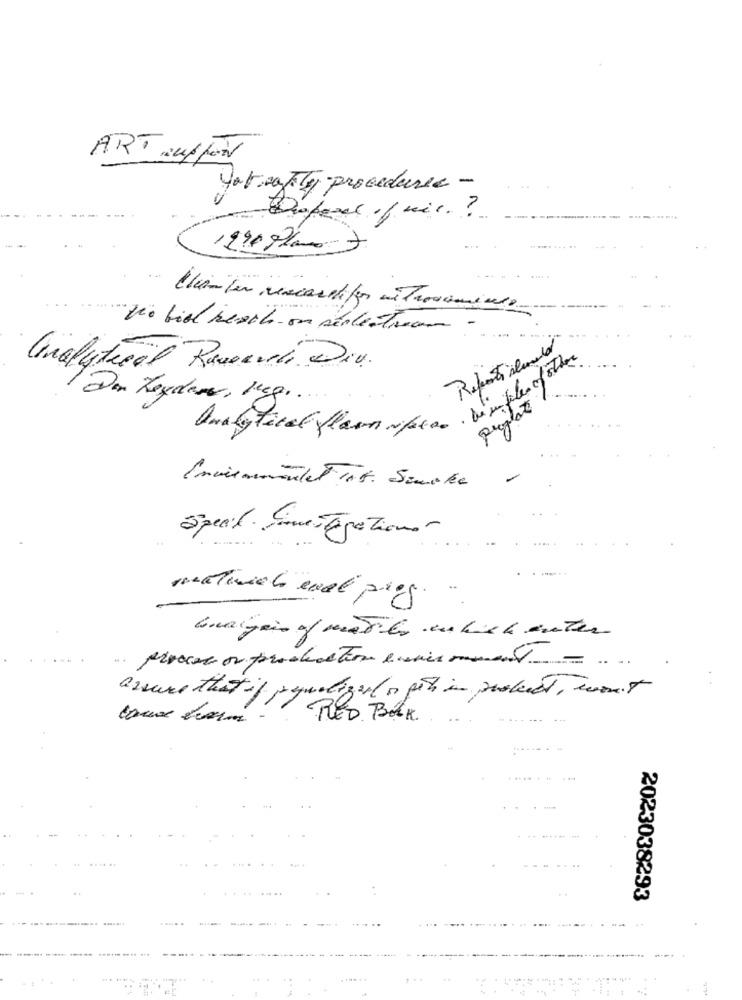
ART :N//N
youreally procedurec -
19908/0 7
.... .
-Clienter rescardifor mi Trovomiele
"the bist resite on seolestream
Report ilmed
Analytical Ravaneli Div.
Den Zeydare, Jeg ...
proplate
Specil. Somesegationer
matinich eval prog.
Gualgeir of meter en bich enter
process or production environment -
assure that if penalizarlos geht in protect, won't
RED BOOK.
-----
2023038293
....